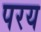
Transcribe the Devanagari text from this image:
परय